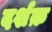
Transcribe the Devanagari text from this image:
दर्शक़